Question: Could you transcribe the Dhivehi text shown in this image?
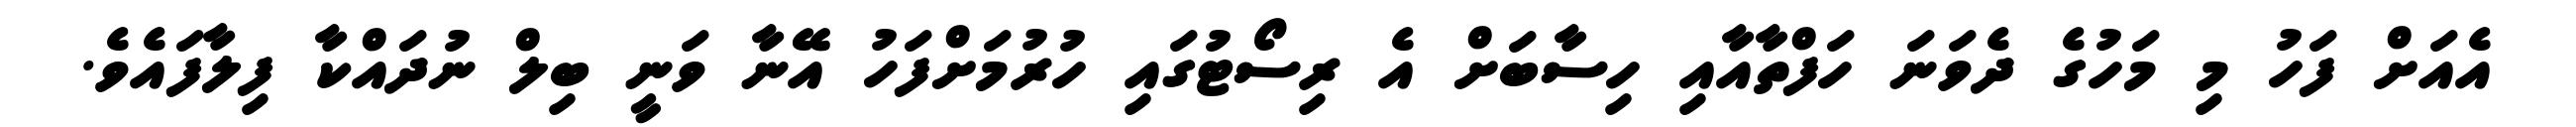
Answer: އެއަށް ފަހު މި މަހުގެ ދެވަނަ ހަފްތާއާއި ހިސާބަށް އެ ރިސޯޓުގައި ހުރުމަށްފަހު އޭނާ ވަނީ ބިލް ނުދައްކާ ފިލާފައެވެ.